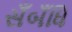
સઁબઁધિ